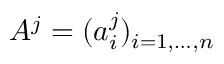
A ^ { j } = ( a _ { i } ^ { j } ) _ { i = 1 , \dots , n }